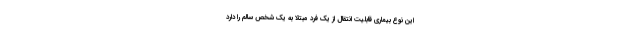
این نوع بیماری قابلیت انتقال از یک فرد مبتلا به یک شخص سالم را دارد